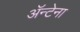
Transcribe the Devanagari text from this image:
ॲन्टेना